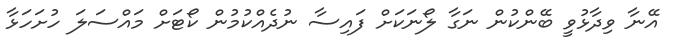
އޭނާ ވިދާޅުވީ ބޭންކުން ނަގާ ލޯނަކަށް ފައިސާ ނުދެއްކުމުން ކޯޓަށް މަައްސަލަ ހުށަހަޅާ